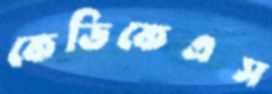
কেডিকেএস